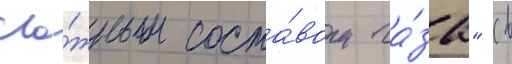
сло́жным соста́вом га́за" (в